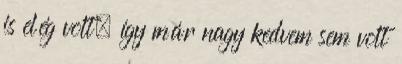
is elég volt, így már nagy kedvem sem volt